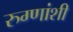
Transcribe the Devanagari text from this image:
रुग्णांशी